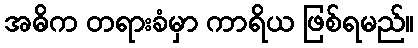
အဓိက တရားခံမှာ ကာရိယ ဖြစ်ရမည်။